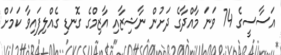
އަސާސީގެ 74 ވަނަ މާއްދާގެ ދަށުން ނާޝިޒާއި އާޒިމްގެ ގޮނޑި ގެއްލިފައިވާ ކަމަށް